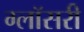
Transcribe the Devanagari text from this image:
ग्लॉसरी